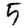
Digit: 9